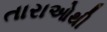
તારાઓથી